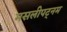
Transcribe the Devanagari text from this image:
मसलीपट्नम